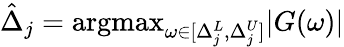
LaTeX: \hat{\Delta}_{j}=\mathrm{argmax}_{\omega\in[\Delta_{j}^{L},\Delta_{j}^{U}]}|G(\omega)|